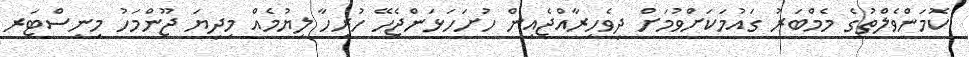
ކޮމަންވެލްތުގެ މެމްބަރު ގައުމަކަށްވުމަށް ދިވެހިރާއްޖެއިން ހުށަހަޅަންޖެހޭ ހުރިހާ ލިޔުމެއް މިދިޔަ ޖޫންމަހު މިނިސްޓަރ